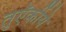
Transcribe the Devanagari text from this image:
तुऍर्कीये